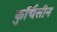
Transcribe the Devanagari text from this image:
कुर्चिसीन